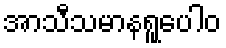
အာသီသမာနရူပေါဝ